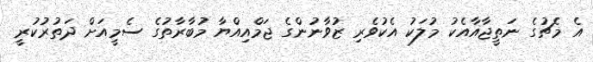
އެ މެޗުގެ ނަތީޖާއާއެކު މުލަކު އެކުވެރި ޒުވާނުންގެ ޖަމްއިއްޔާ މުބާރާތުގެ ސެމީއަށް ދަތުރުކުރީ